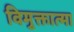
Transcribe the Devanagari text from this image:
विमुक्तात्मा